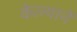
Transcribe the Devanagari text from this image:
केल्यानें